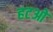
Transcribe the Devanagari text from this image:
हटओ